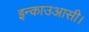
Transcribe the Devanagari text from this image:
इन्काउआसी।